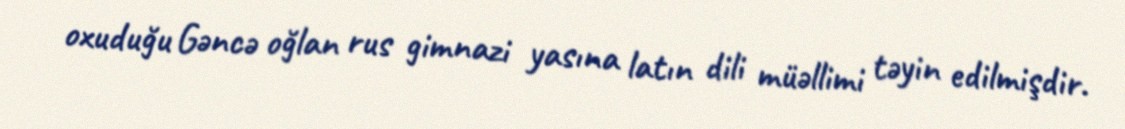
oxuduğu Gəncə oğlan rus gimnazi yasına latın dili müəllimi təyin edilmişdir.